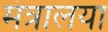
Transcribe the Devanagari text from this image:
मंत्रालया